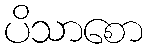
ပိသာစော